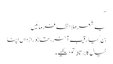
“
یہ شعر ملاحظہ فرمائیں
بن گیا رقیب آخر، تھا جو رازداں اپنا
خیال کا برتاﺅ تو دیکھیے۔